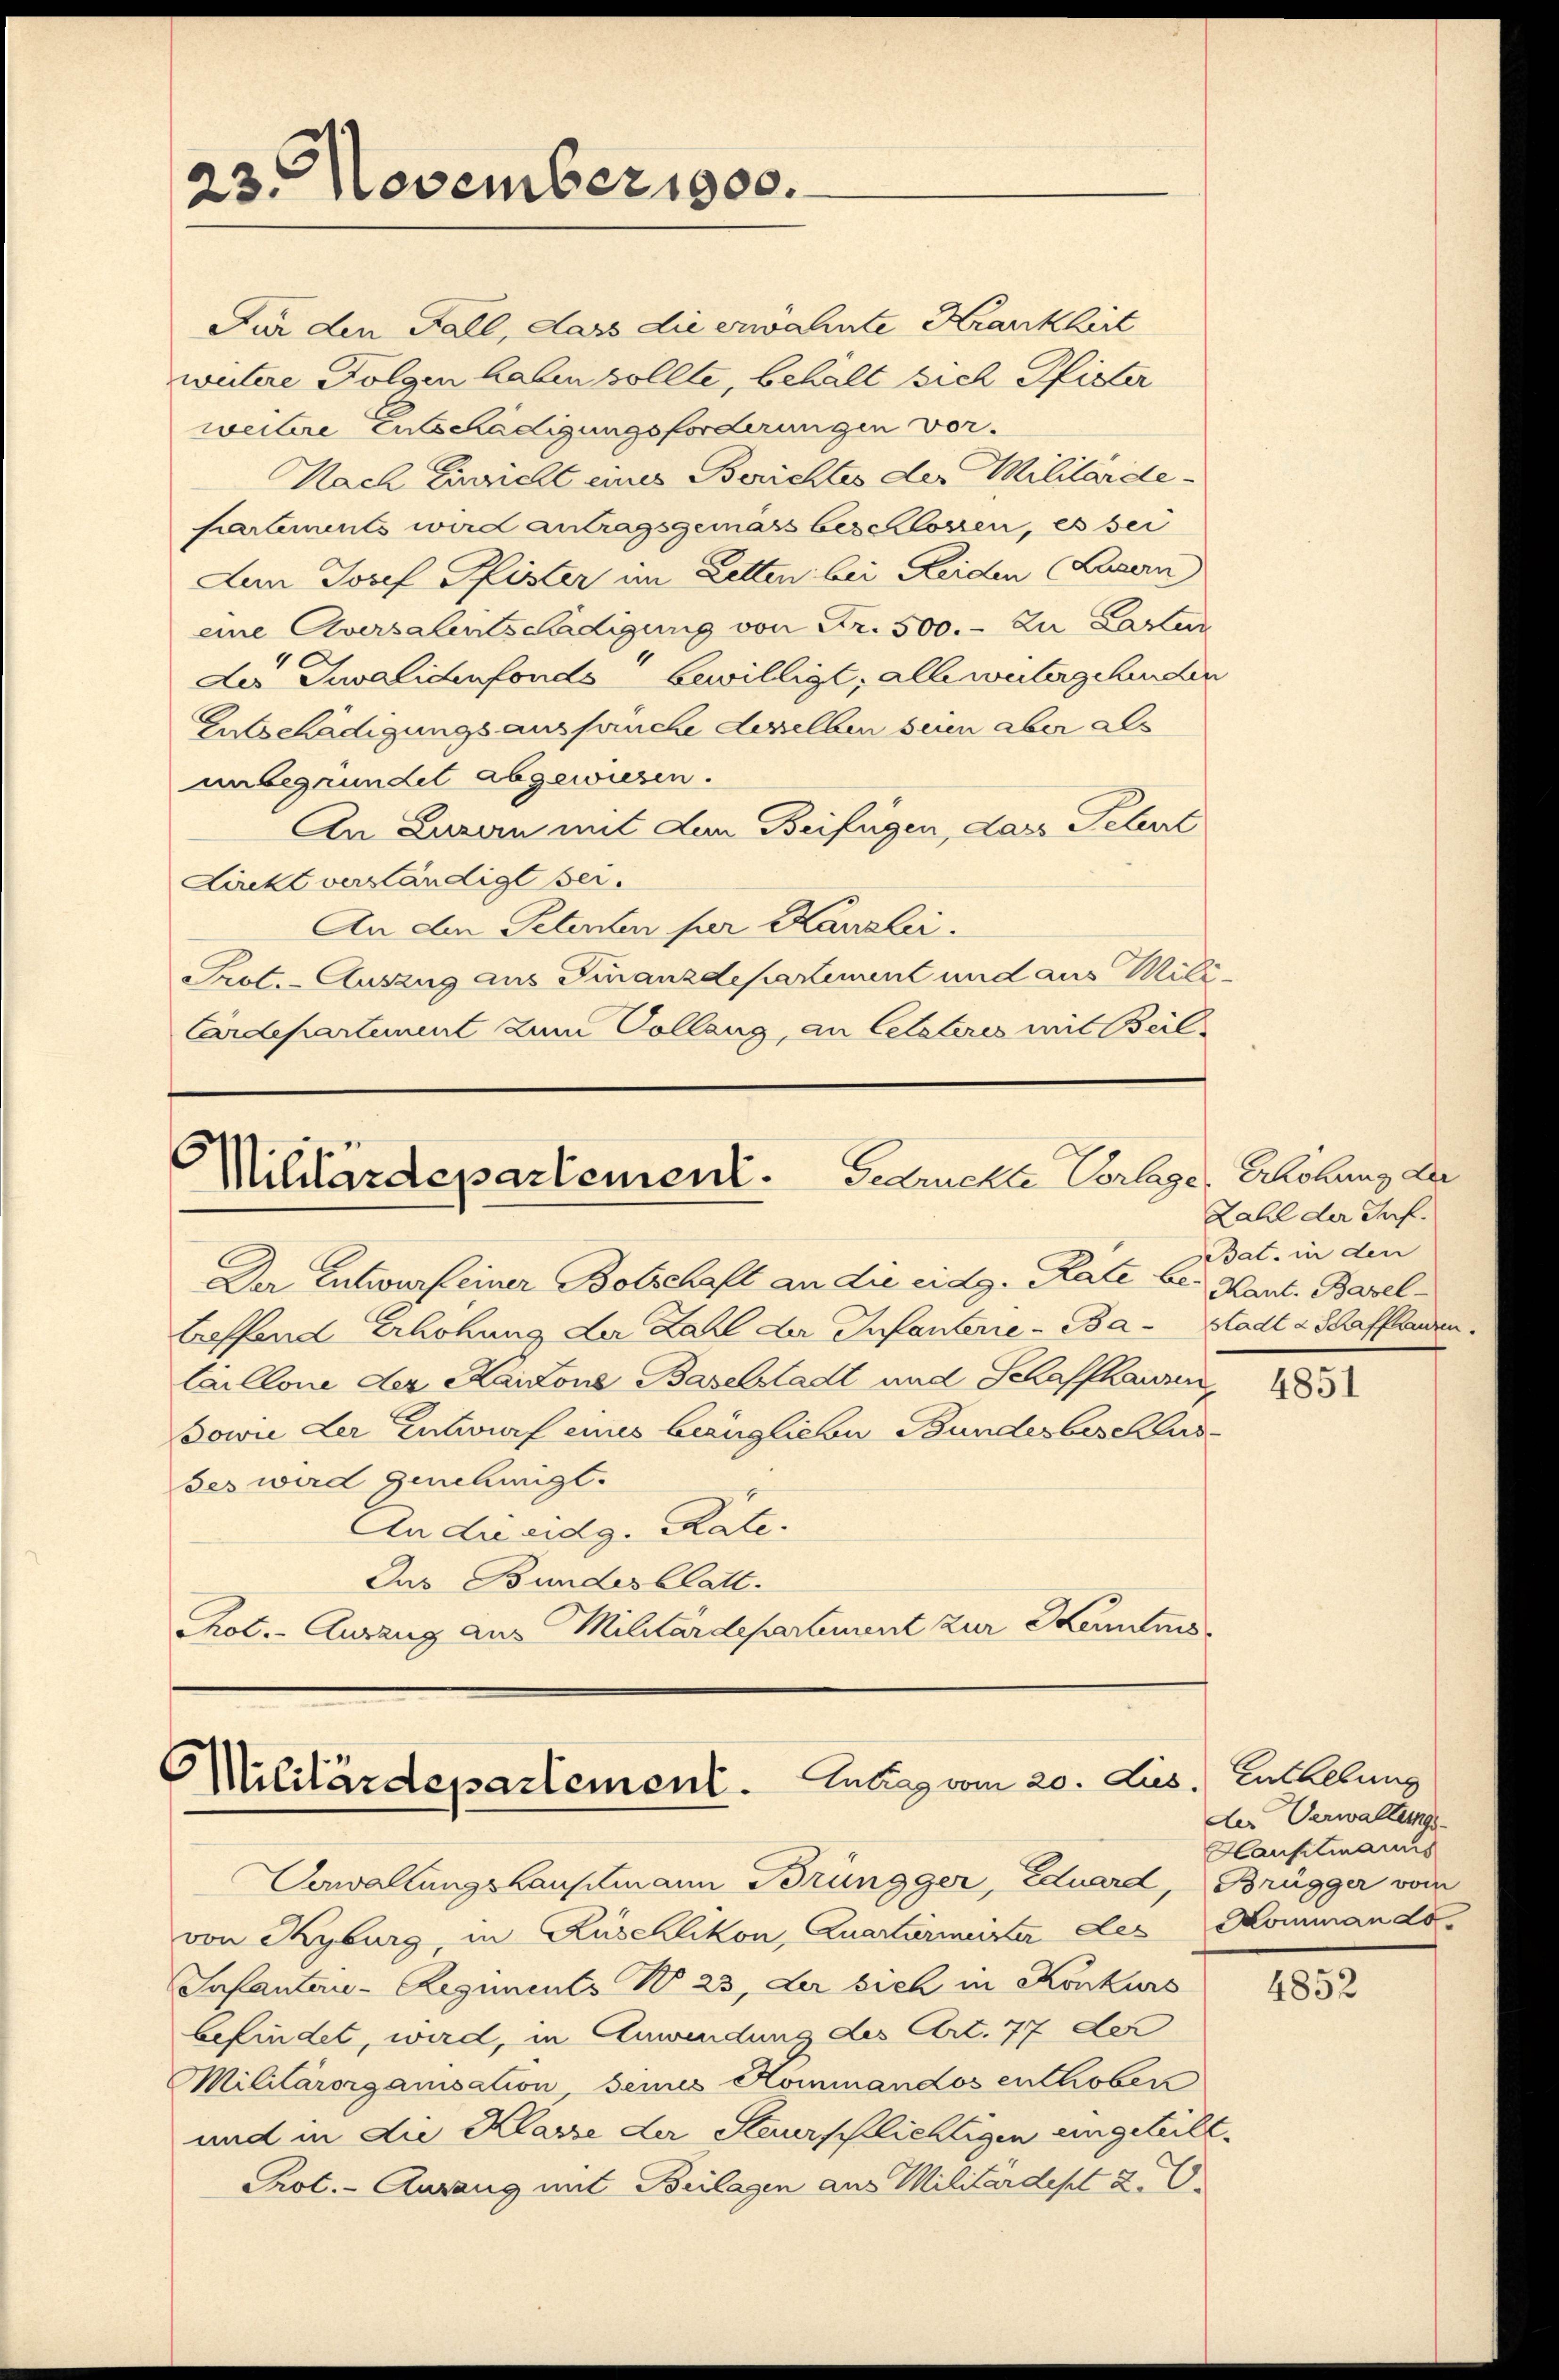
23. November 1900.

Mililärdepartement. Geruchte Vorlage, Erhöhung der

Für den Fall, dass die erwähnte Krankheit
wutere Folgen haben sollte, behalt viel Pfister
weitere Entschädigungsforderungen vor.
Nach Einsicht eines Berichtes der Militärde-
partements wird antragsgemäss beschlossen, es sei
Len Josef Pfister im Letten bei Reiden (Luzern)
eine Aversalentschädigung von Fr. 500.- zu Laster
der Invalidenfonds bewilligt, alle wütergehenden
Entschädigungsausfruche desselben seien aber als
unbegründet abgewiesen.
An Luzern mit dem Beifügen, dass Petent
Lirckt verständigt sei.
An den Petenten per Kanzlei.
Prot. - Auszug aus Finanzdepartement und aus Mili¬
Cardepartement zum Collang, an letzteres mit Beil

Militärdepartement. Labag vom 20. Lus. Enthebung

Zahl der Taf.
Bat. in den

Der Entwurf einer Botschaft an die eidg. Rate be- Kant. Baseltreffend Erhöhung der Zahl der Infanterie-Ba-Stadt & Schaffhanden
Caillone der Kantone Baselstadt und Schaffhausen,
Sowie der Entwurf eines bezüglichen Bundesbeschlusses wird genehmigt.
An die eidg. Rate.
Jus Bundesblatt.
Pot.- Auszug aus Militärdepartement zur Kenntnis

Verwaltungshauptmann Brüngger, Eduard, Brügger vom
von Kyburg, in Rüschlikon, Quartarmeister Les Kommando
Infanten-Regiments No 23, der sich in Konkurs
befindet, wird, in Anwendung des Art. 77 der
Militärorganisation, seines Kommandos enthoben
und in die Klasse der Steurschlichtigen eingeteilt.
Prot. - Ansang mit Bülagen aus Militärdept a. O.

4851

der Verwaltungs-
Hauptmanns

4852